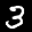
Label: 3